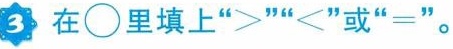
3在\circ里填上”>””<”或”=”。